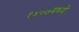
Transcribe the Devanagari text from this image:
१४०७मध्ये